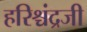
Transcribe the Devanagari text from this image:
हरिश्चंद्रजी